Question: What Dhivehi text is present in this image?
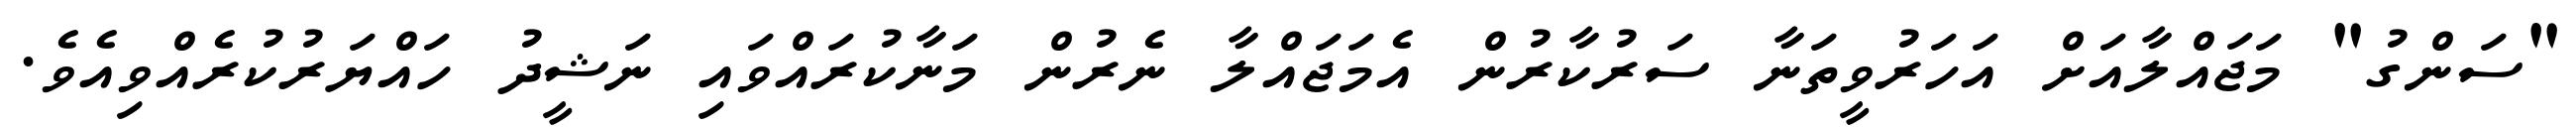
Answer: "ސަންގު" މަޖައްލާއަށް އަހަރުވީތަނާ ސަރުކާރުން އެމަޖައްލާ ނެރުން މަނާކުރައްވައި ނަޝީދު ހައްޔަރުކުރެއްވިއެވެ.